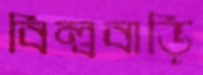
বিল্ববাড়ি